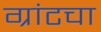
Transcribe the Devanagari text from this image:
ग्रांटचा